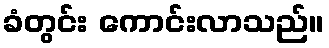
ခံတွင်း ကောင်းလာသည်။